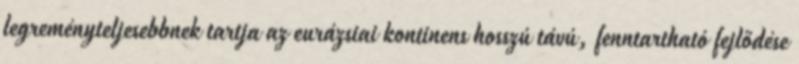
legreményteljesebbnek tartja az eurázsiai kontinens hosszú távú, fenntartható fejlődése